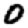
Digit: 0